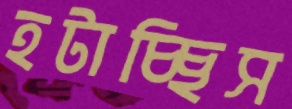
হটাচ্ছিস